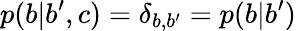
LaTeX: p(b|b^{\prime},c)=\delta_{b,b^{\prime}}=p(b|b^{\prime})